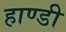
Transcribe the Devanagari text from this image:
हाण्डी